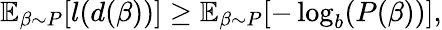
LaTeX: \begin{array}{r}{{\displaystyle\mathbb{E}_{\beta\sim P}[l(d(\beta))]\geq\mathbb{E}_{\beta\sim P}[-\log_{b}(P(\beta))]},}\end{array}